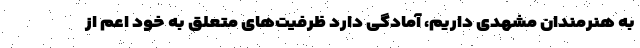
به هنرمندان مشهدی داریم، آمادگی دارد ظرفیت‌های متعلق به خود اعم از